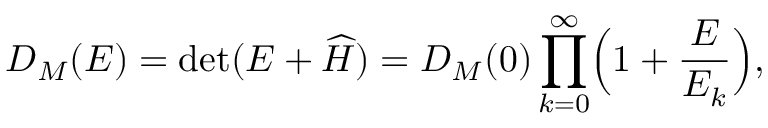
D _ { M } ( E ) = \mathrm { d e t } ( E + \widehat { H } ) = D _ { M } ( 0 ) \prod _ { k = 0 } ^ { \infty } \Bigl ( 1 + \frac { E } { E _ { k } } \Bigr ) ,